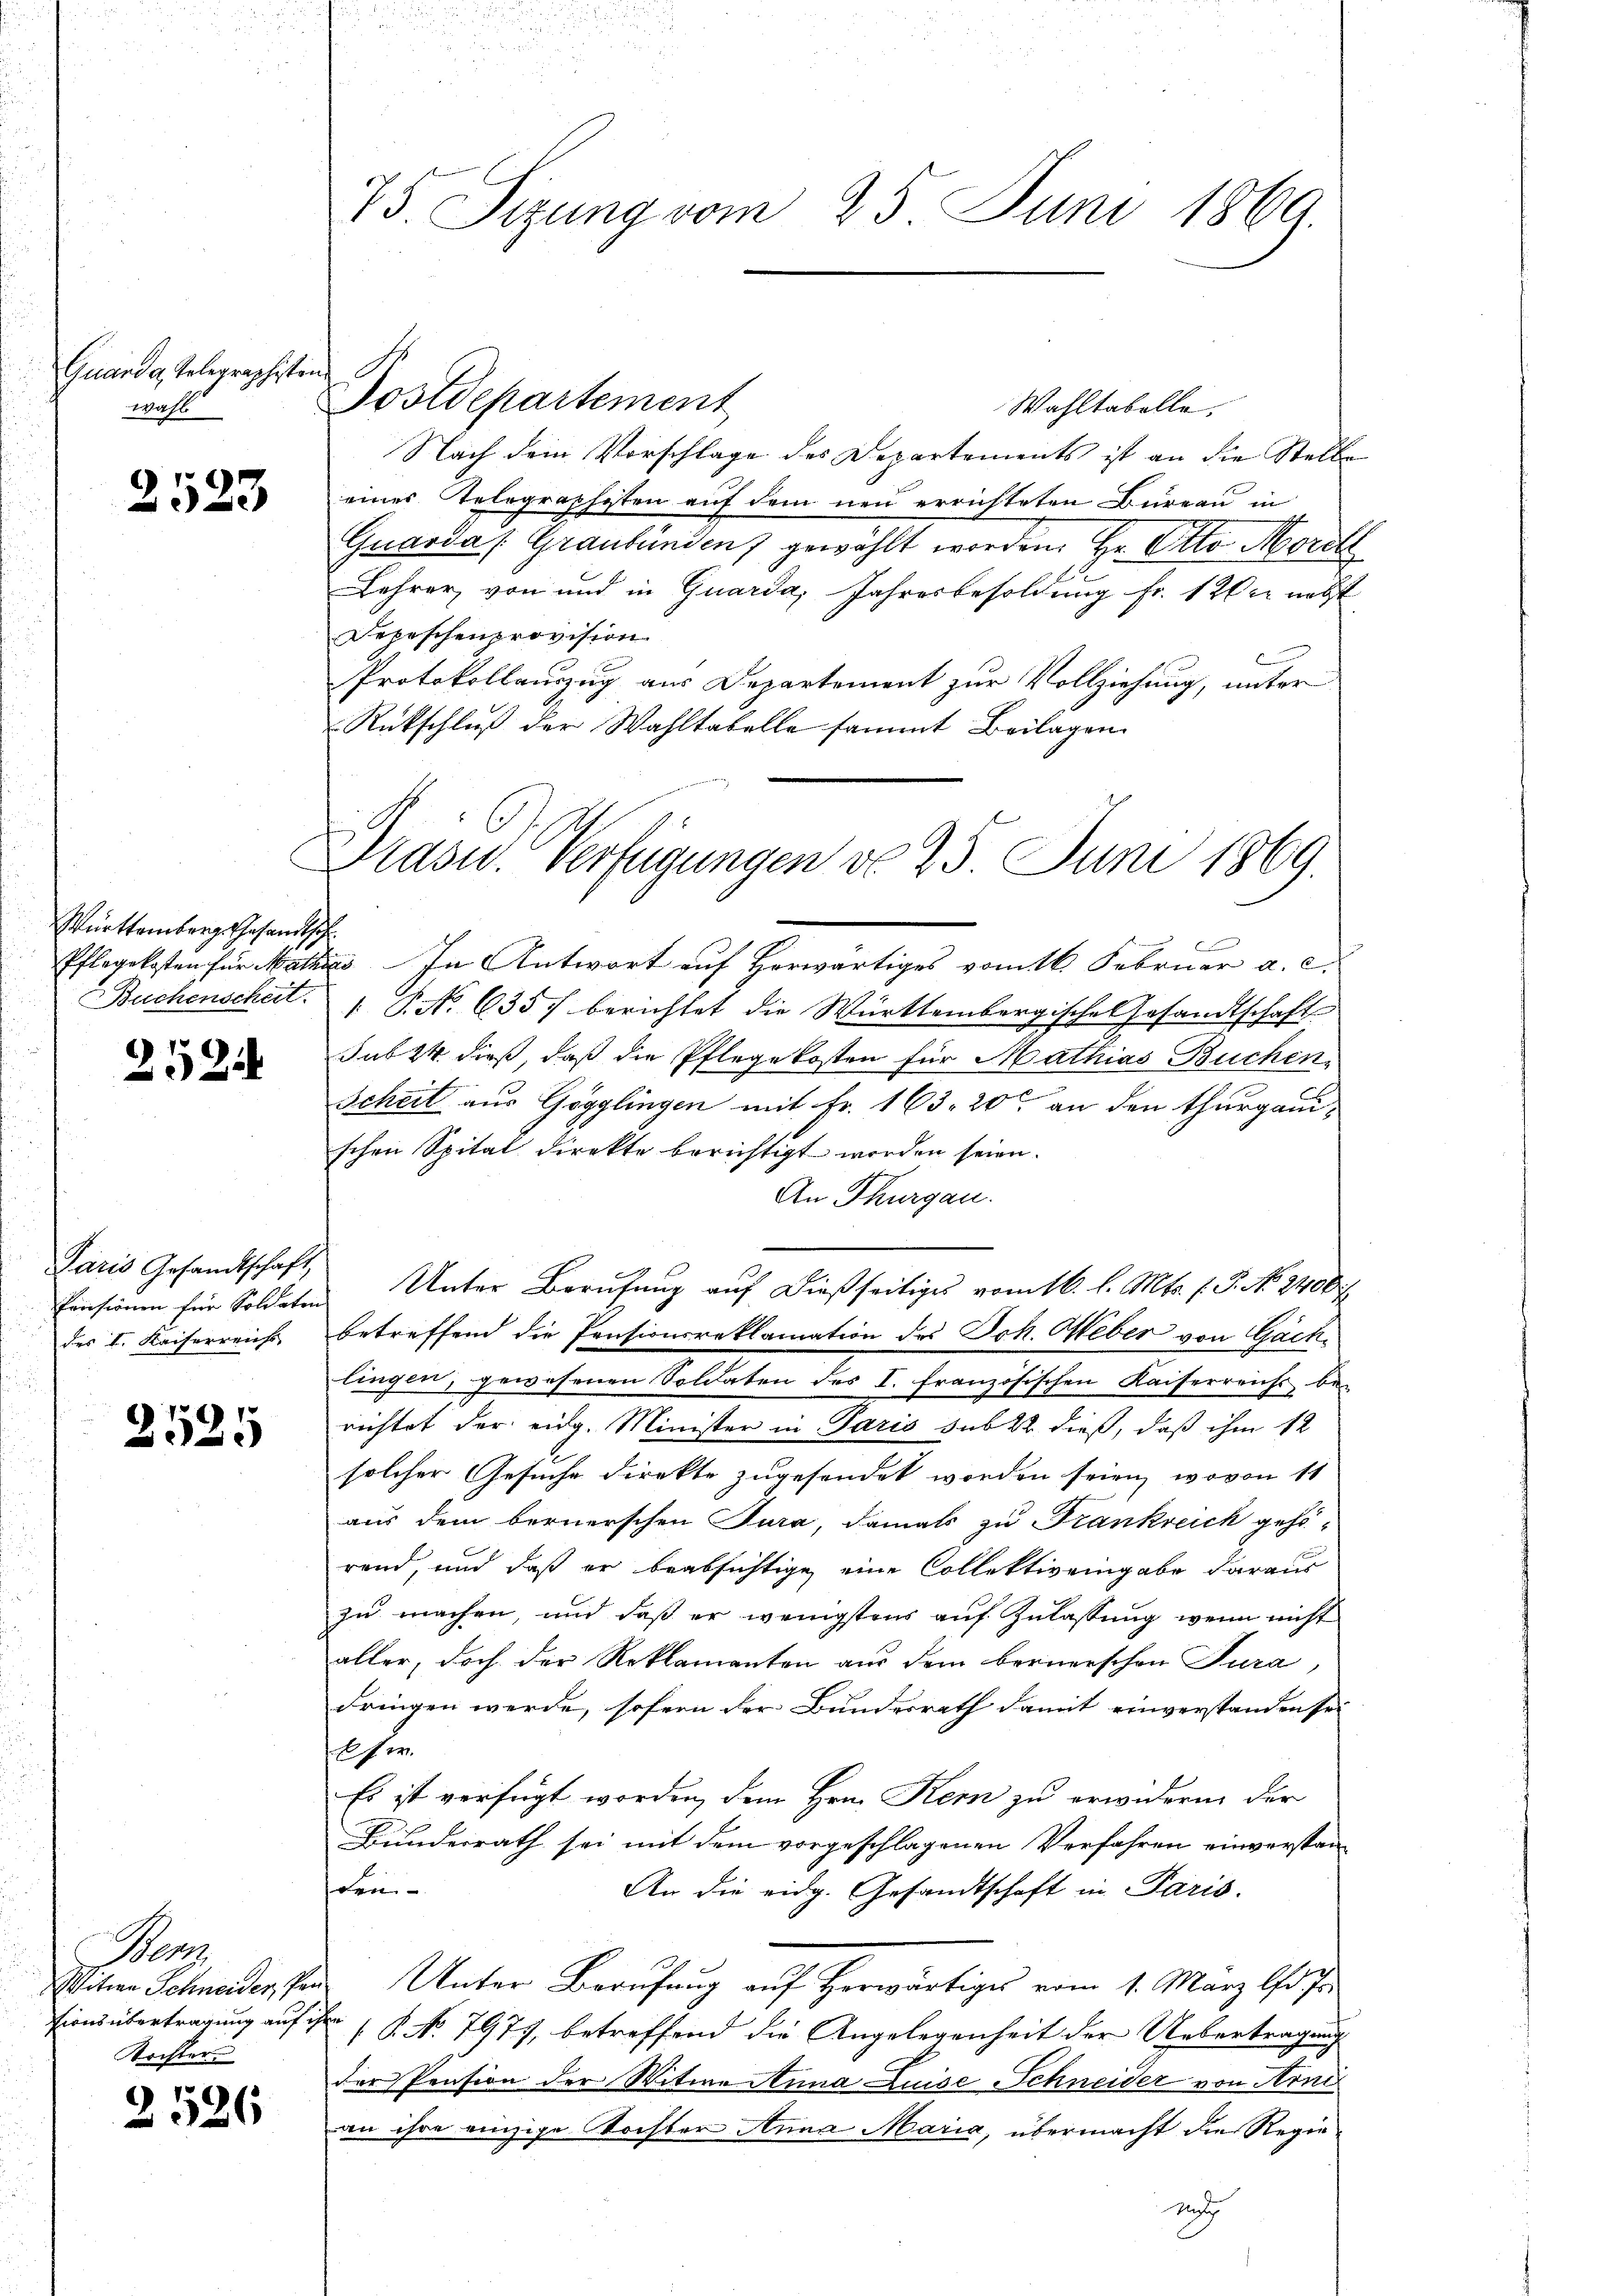
Quanda Telegraphisten
wahl

2523

Württemberg. Gesandtsch

252

Paris Gesandtschaft,
des I. Kaiserreichs

2525

Ber
Tochter

2526

75. Sizung vom 25. Juni 1869.

Postdepartement

Wahltabelle.
Nach dem Vorschlage des Departements ist an die Stelle
eines Telegraphisten auf dem neu errichteten Bureau in
Guarda /: Graubünden gewählt worden. Hr. Otto Morell
Lehrer, von und in Quarda, Jahresbesoldung Fr. 120 er nebst
Depeschenprovision.
Protokollauszug aus Departement zur Vollziehung, unter
Rückschluß der Wahltabelle sammt Beilagen.

Präsid. Verfügungen do 25. Juni 1869.

Pflegekosten für Mathes In Antwort auf Horwärtiges vom 16. Februar a. c.
Buchenscheit. P. No 635. berichtet die Württembergische Gesandtschaft
sub 24 dieß, daß die Pflegekosten für Mathias Buchen,
Scheit aus Gögglingen mit Fr. 163. 20 an den thurgauischen Spital direkte berichtigt worden seien.
An Thurgau.
Einsionen für Soldaten Unter Berufung auf dießseitiges vom 16. l. Mts. f. P. No 1400 f
betreffend die Pensionsreklamation des Joh. Weber von Gachlingen, gewesenen Soldaten des I. französischen Kaiserreichs be-
richtet der eidg. Minister in Paris sub 22 dieß, daß ihm 12
solcher Gesuche Direkte zugesendet worden seien, wovon 11
aus dem bernerschen Jura, damals zu Frankreich gehö-
rend, und daß er beabsichtige eine Collektiveingabe daraus
zu machen, und daß er wenigstens auf Zulassung, wenn nicht
aller, doch der Reklamanten aus dem bernerschen Jura,
dringen werde, sofern der Bundesrath damit einverstanden sei
l her
Es ist verfügt worden, dem Hrn. Kern zu erwidern der
Bundesrath sei mit dem vorgeschlagenen Verfahren einverstanden-
An die eidg. Gesandtschaft in Paris.
Witwe Schneider, den Unter Berufung auf Herwärtiges vom 1. März l. J
tionsübertragung auf ihre (§. No 7977, betreffend die Angelegenheit der Uebertragung
der Pension der Witwe Anna Luise Schneider von Arnis
an ihre einzige Tochter Anna Maria, übermacht die Regienth